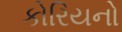
કોરિયનો